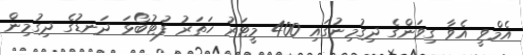
އެމްވީ އެވާ ގިވަންގެ ދިގުމިނުގައި 400 މީޓަރު ހަތަރު ފުޓުބޯޅަ ދަނޑުގެ ދިގުމިން